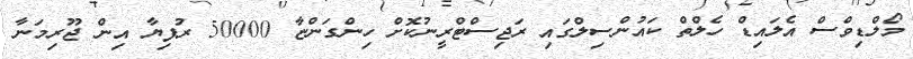
މޯލްޑިވްސް އެލައިޑް ހެލްތް ކައުންސިލްގައި ރަޖިސްޓްރީނުކޮށް ހިންގަންޏާ 50000 ރުފިޔާ އިން ޖޫރިމަނާ